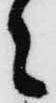
之